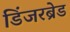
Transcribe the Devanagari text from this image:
डिंजरब्रेड